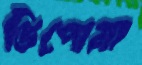
ডিপোমা